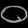
Digit: ၀